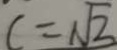
c = \sqrt { 2 }